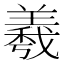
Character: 羲